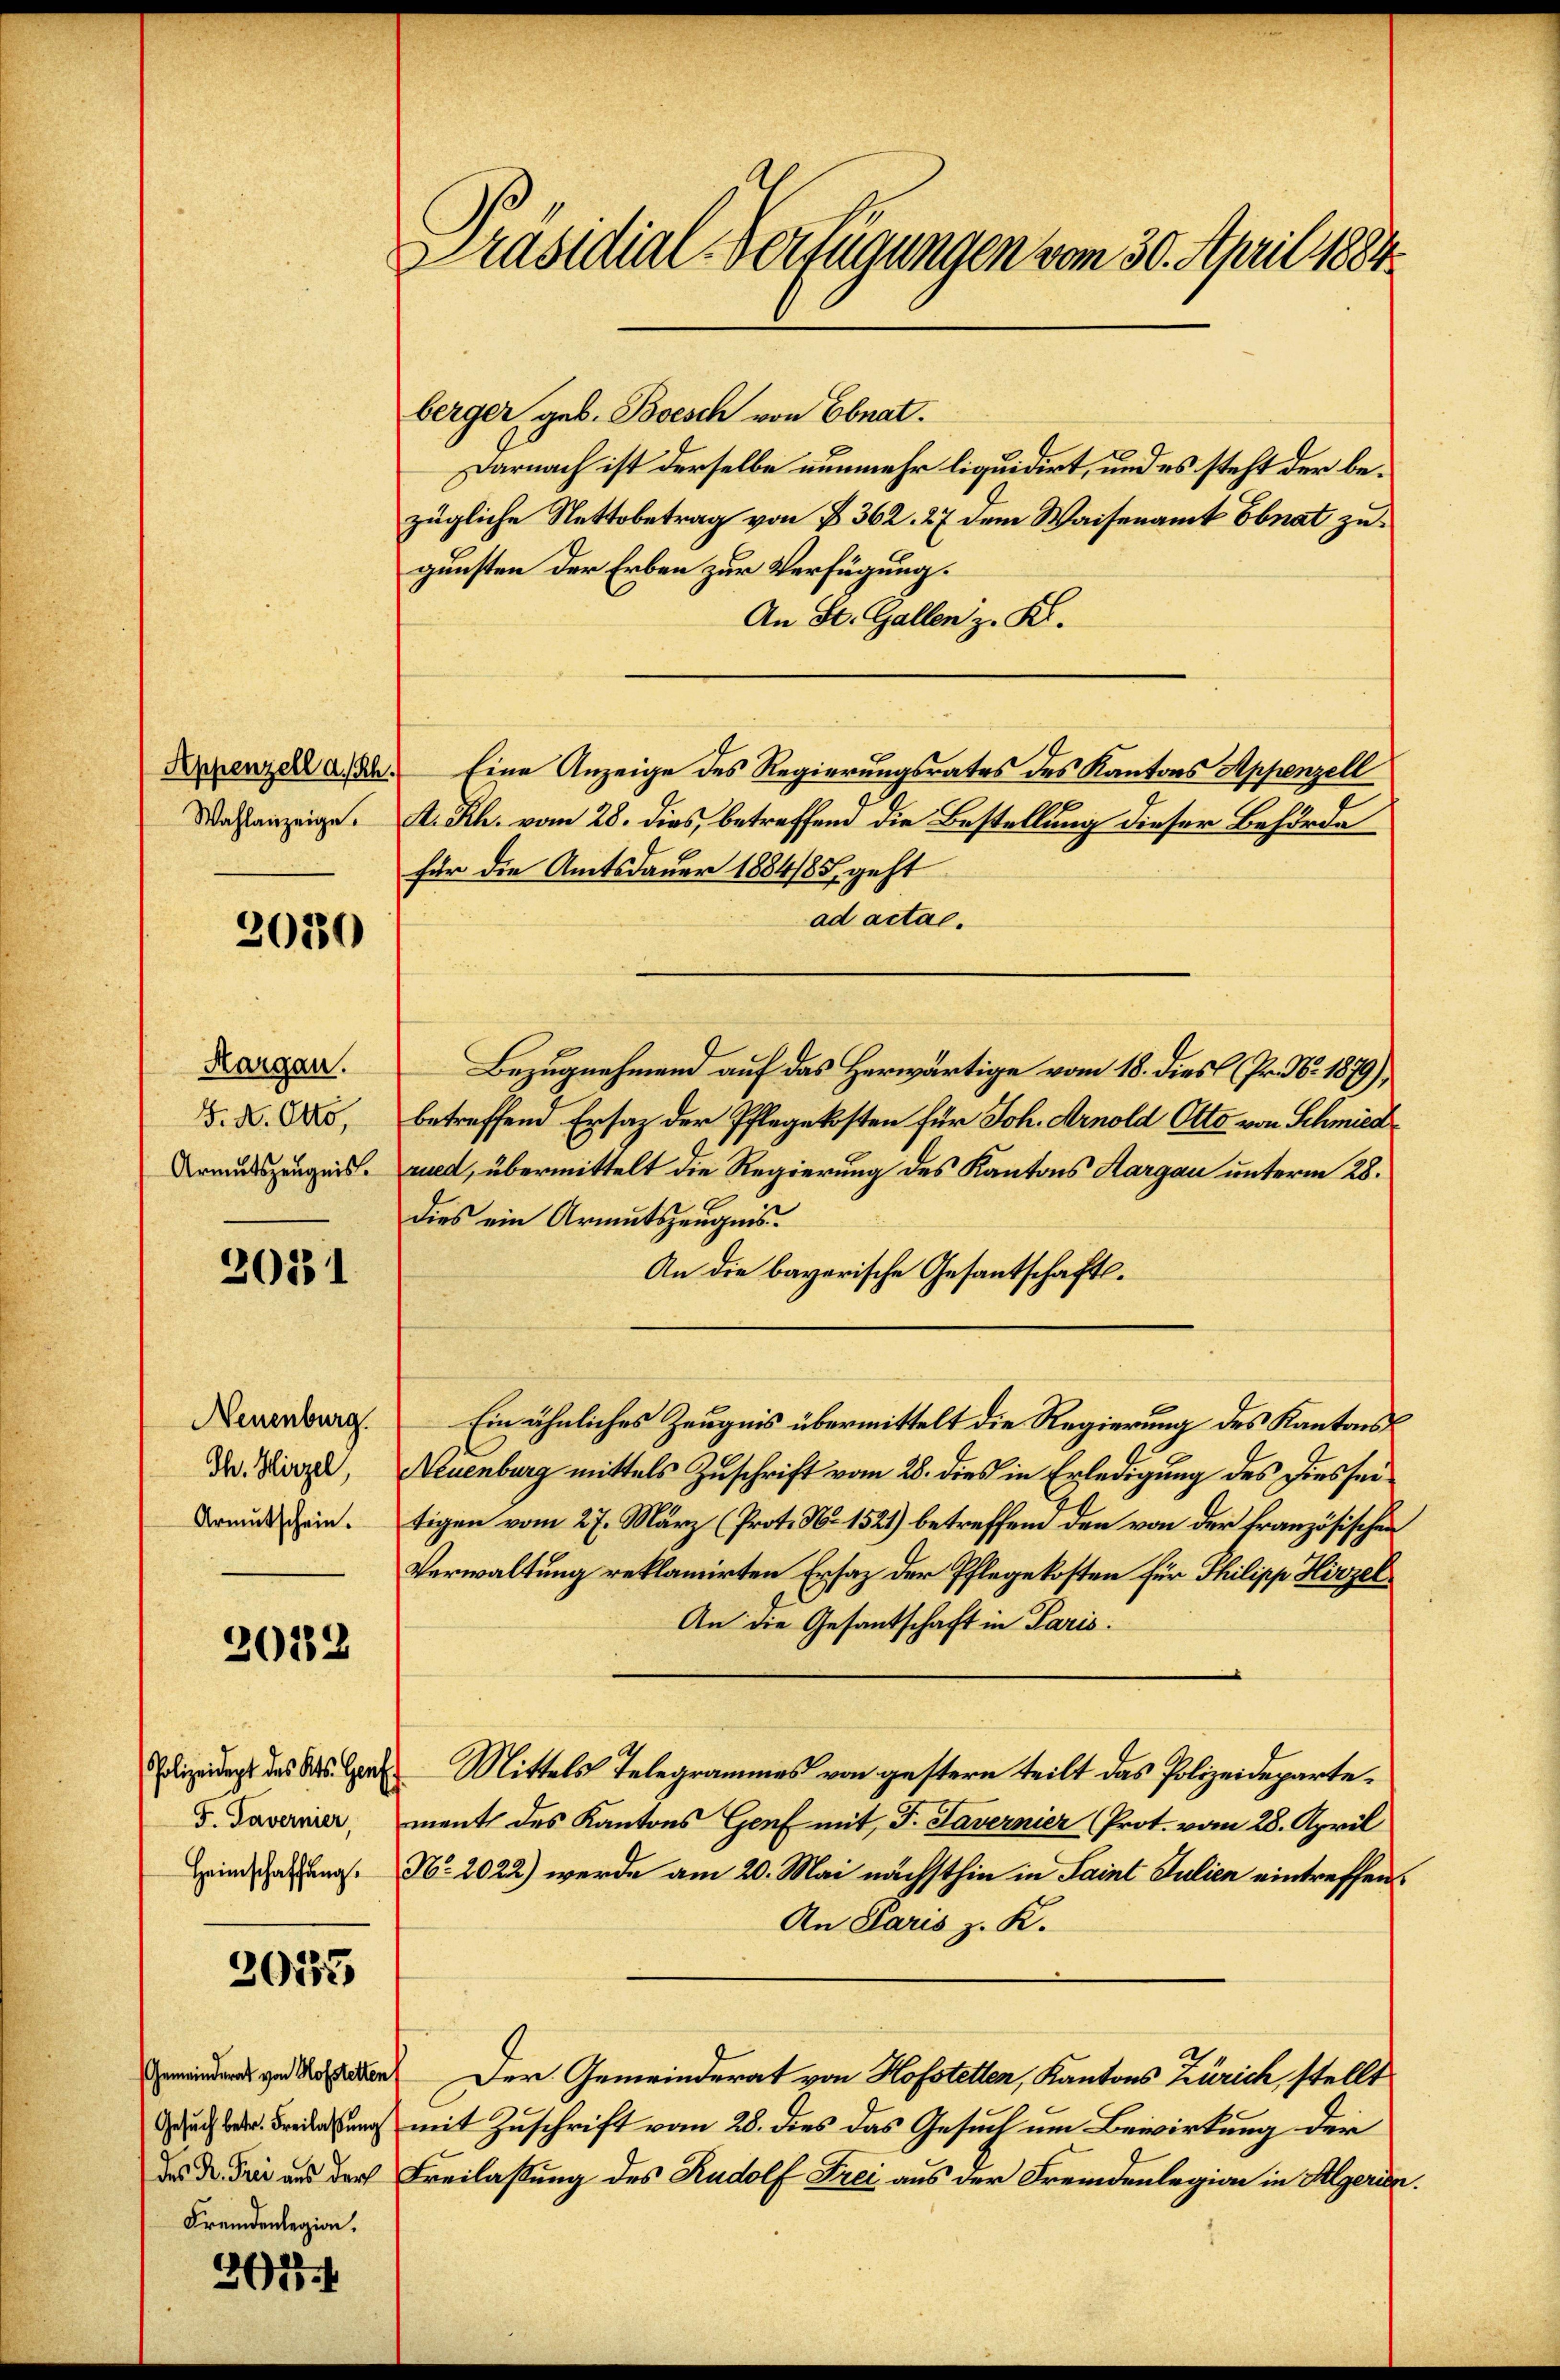
Wahlanzeige.

2030

Margau.
F. A. Otto,
Armutszeugnis.

2031

Neuenburg.
Th. Hirzel,
Armutschein.

2012

F. Tavernier,
Heimschaffung.

2033

Fremdenlegion.

3678. 4

Präsidial-Verfügungen vom 30. April 1884.

berger geb. Boesch von Ebnat.
Darnach ist derselbe nunmehr liquidirt, und es steht der bezügliche Nettobetrag von § 362. 27 dem Waisenamt Ebnat zugunsten der Erben zur Verfügung.
An St. Gallen z. K.
Krenzelland. Eine Anzeige des Regierungsrates des Kantons Appenzell
I. Rh. vom 28. dies, betreffend die Bestellung dieser Behörde
für die Amtsdauer 1884/85, geht
ad actae.
Bezugnehmend auf das Herwärtige vom 18. dies (Pr. No. 1879),
betreffend Ersatz der Pflegekosten für Joh. Arnold Otto von Schmied
rued, übermittelt die Regierung des Kantons Aargau unterm 28.
dies ein Armutszeugnis.
An die bayerische Gesantschafts¬
Ein ähnliches Zeugnis übermittelt die Regierung des Kantons
Neuenburg mittels Zuschrift vom 28. dies in Erledigung des Diesseitigen vom 27. März (Prot. No 1521) betreffend den von der Französischen
Verwaltung reklamirten Ersatz der Pflegekosten für Philipp Hirzel
An die Gesantschaft in Paris.
dizeidigt das das Herr Mittels Telegrammes von gestern teilt das Polizeidepartement des Kantons Genf mit J. Lavernier (Prot. vom 28. April
N. 2022) werde am 20. Mai nächsthin in Saint Julien eintreffen¬
An Paris z. K.
mien zu den Der Gemeinderat von Hofstetten, Kantons Zürich stellt
Bedung mit Zuschrift vom 28. dies das Gesuch um Bewirkung der
das de die aus durch Freilassung des Rudolf Frei aus der Fremdenlegion in Algerien